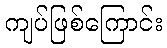
ကျပ်ဖြစ်ကြောင်း